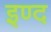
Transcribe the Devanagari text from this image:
इण्द